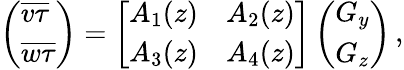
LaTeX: \begin{array}{r}{\left(\begin{array}{l}{\overline{{v\tau}}}\\ {\overline{{w\tau}}}\end{array}\right)=\left[\begin{array}{ll}{A_{1}(z)}&{A_{2}(z)}\\ {A_{3}(z)}&{A_{4}(z)}\end{array}\right]\left(\begin{array}{l}{G_{y}}\\ {G_{z}}\end{array}\right)\, ,}\end{array}